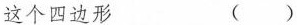
这个四边形 ()